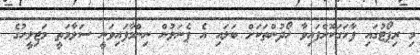
މި ރިޕޯޓުގައި ފާހަގަކޮށްފައިވާ ހޯދުންތަކަށް ބަލައި އެ ޕެނަލުން ނިންމާފައިވަނީ ސަލާމަތީ މަޖިލީހުގެ